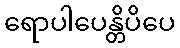
ရောပါပေန္တိပိပေ